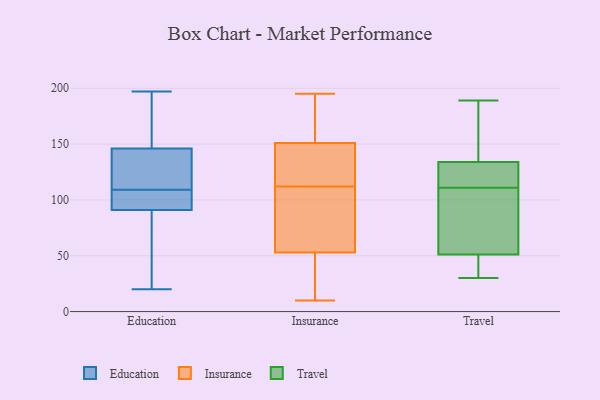
{"axis": {"x": "Page Views", "y": "Value"}, "legend": ["Education", "Insurance", "Travel"], "data": [{"x": "", "y": 146, "type": "Education"}, {"x": "", "y": 101, "type": "Education"}, {"x": "", "y": 65, "type": "Education"}, {"x": "", "y": 20, "type": "Education"}, {"x": "", "y": 197, "type": "Education"}, {"x": "", "y": 157, "type": "Education"}, {"x": "", "y": 91, "type": "Education"}, {"x": "", "y": 113, "type": "Education"}, {"x": "", "y": 107, "type": "Education"}, {"x": "", "y": 111, "type": "Education"}, {"x": "", "y": 162, "type": "Insurance"}, {"x": "", "y": 95, "type": "Insurance"}, {"x": "", "y": 195, "type": "Insurance"}, {"x": "", "y": 113, "type": "Insurance"}, {"x": "", "y": 140, "type": "Insurance"}, {"x": "", "y": 61, "type": "Insurance"}, {"x": "", "y": 111, "type": "Insurance"}, {"x": "", "y": 166, "type": "Insurance"}, {"x": "", "y": 10, "type": "Insurance"}, {"x": "", "y": 45, "type": "Insurance"}, {"x": "", "y": 35, "type": "Insurance"}, {"x": "", "y": 140, "type": "Insurance"}, {"x": "", "y": 189, "type": "Travel"}, {"x": "", "y": 185, "type": "Travel"}, {"x": "", "y": 102, "type": "Travel"}, {"x": "", "y": 56, "type": "Travel"}, {"x": "", "y": 30, "type": "Travel"}, {"x": "", "y": 120, "type": "Travel"}, {"x": "", "y": 51, "type": "Travel"}, {"x": "", "y": 36, "type": "Travel"}, {"x": "", "y": 134, "type": "Travel"}, {"x": "", "y": 131, "type": "Travel"}]}